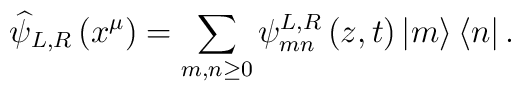
\widehat{\psi }_{L,R}\left( x^{\mu }\right) =\sum _{m,n\geq 0}\psi ^{L,R}_{mn}\left( z,t\right) \left| m\right\rangle \left\langle n\right| .